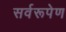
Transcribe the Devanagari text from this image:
सर्वरूपेण